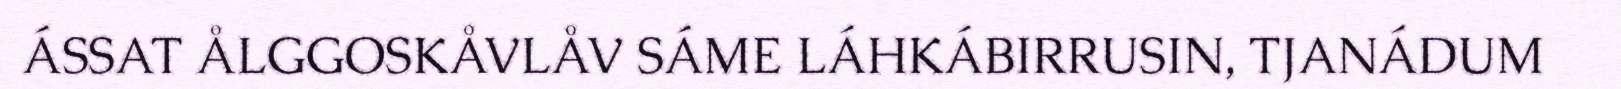
ÁSSAT ÅLGGOSKÅVLÅV SÁME LÁHKÁBIRRUSIN, TJANÁDUM